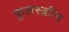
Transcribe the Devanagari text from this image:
फूलस्क्रीन